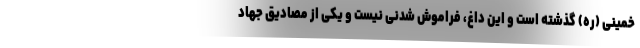
خمینی (ره) گذشته است و این داغ، فراموش شدنی نیست و یکی از مصادیق جهاد